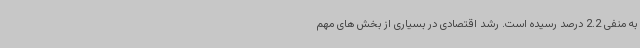
به منفی 2.2 درصد رسیده است. رشد اقتصادی در بسیاری از بخش های مهم